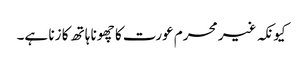
کیونکہ غیر محرم عورت کا چھونا ہاتھ کا زنا ہے۔